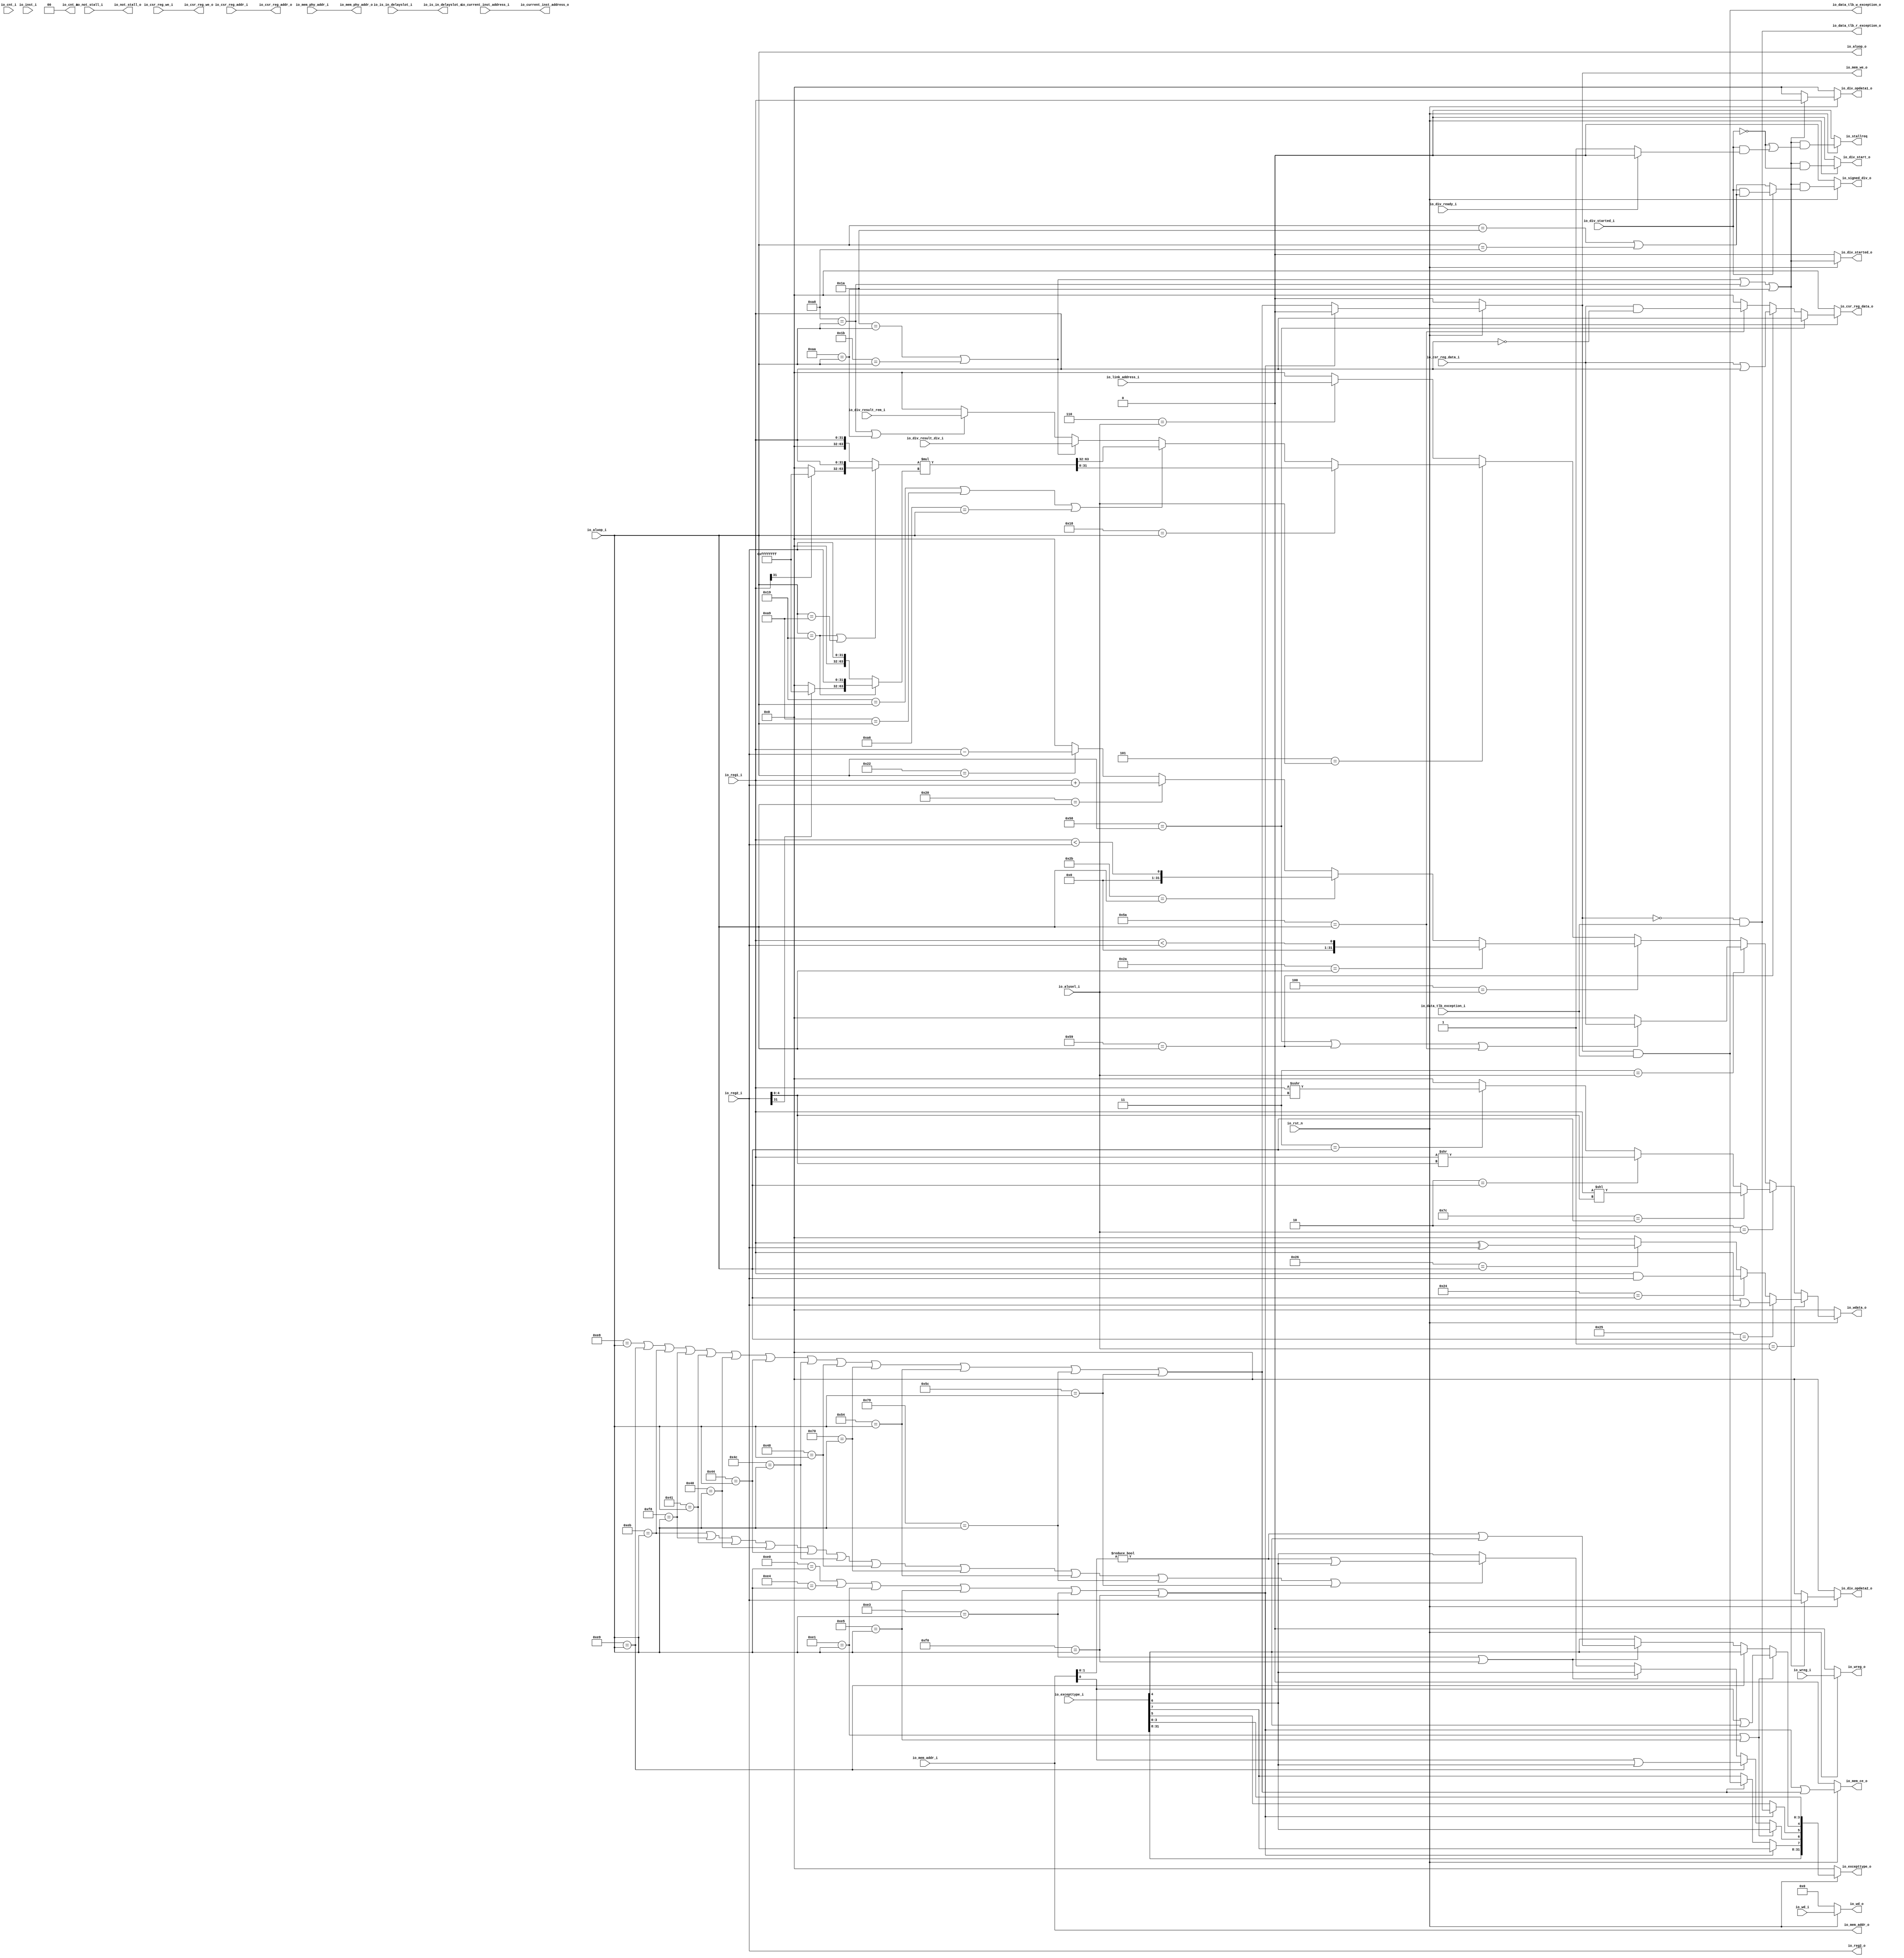
module IExecute(
  input         io_rst_n,
  input  [7:0]  io_aluop_i,
  input  [2:0]  io_alusel_i,
  input  [31:0] io_reg1_i,
  input  [31:0] io_reg2_i,
  input  [31:0] io_mem_addr_i,
  input  [4:0]  io_wd_i,
  input         io_wreg_i,
  input  [31:0] io_inst_i,
  input  [31:0] io_excepttype_i,
  input  [31:0] io_current_inst_address_i,
  input         io_not_stall_i,
  input  [1:0]  io_cnt_i,
  input         io_div_started_i,
  input  [31:0] io_div_result_rem_i,
  input  [31:0] io_div_result_div_i,
  input         io_div_ready_i,
  input  [31:0] io_link_address_i,
  input         io_is_in_delayslot_i,
  input         io_csr_reg_we_i,
  input  [11:0] io_csr_reg_addr_i,
  input  [31:0] io_csr_reg_data_i,
  input         io_data_tlb_exception_i,
  input  [33:0] io_mem_phy_addr_i,
  output        io_csr_reg_we_o,
  output [11:0] io_csr_reg_addr_o,
  output [31:0] io_csr_reg_data_o,
  output        io_wreg_o,
  output [4:0]  io_wd_o,
  output [31:0] io_wdata_o,
  output [1:0]  io_cnt_o,
  output        io_div_started_o,
  output [31:0] io_div_opdata1_o,
  output [31:0] io_div_opdata2_o,
  output        io_div_start_o,
  output        io_signed_div_o,
  output [7:0]  io_aluop_o,
  output [31:0] io_mem_addr_o,
  output [31:0] io_reg2_o,
  output        io_mem_we_o,
  output        io_mem_ce_o,
  output [31:0] io_excepttype_o,
  output        io_is_in_delayslot_o,
  output [31:0] io_current_inst_address_o,
  output        io_not_stall_o,
  output [33:0] io_mem_phy_addr_o,
  output        io_data_tlb_r_exception_o,
  output        io_data_tlb_w_exception_o,
  output        io_stallreq
);
  reg [31:0] logicout; // @[IExecute.scala 93:25]
  reg [31:0] _RAND_0;
  reg [31:0] shiftout; // @[IExecute.scala 94:25]
  reg [31:0] _RAND_1;
  reg [31:0] moveout; // @[IExecute.scala 95:25]
  reg [31:0] _RAND_2;
  reg [31:0] arithout; // @[IExecute.scala 97:25]
  reg [31:0] _RAND_3;
  reg [31:0] multiout; // @[IExecute.scala 98:25]
  reg [31:0] _RAND_4;
  wire  _T_1; // @[Conditional.scala 37:30]
  wire [31:0] _T_2; // @[IExecute.scala 107:31]
  wire  _T_3; // @[Conditional.scala 37:30]
  wire [31:0] _T_4; // @[IExecute.scala 110:31]
  wire  _T_5; // @[Conditional.scala 37:30]
  wire [31:0] _T_6; // @[IExecute.scala 113:31]
  wire  _T_8; // @[Conditional.scala 37:30]
  wire [62:0] _GEN_109; // @[IExecute.scala 125:31]
  wire [62:0] _T_10; // @[IExecute.scala 125:31]
  wire  _T_11; // @[Conditional.scala 37:30]
  wire [31:0] _T_13; // @[IExecute.scala 128:31]
  wire  _T_14; // @[Conditional.scala 37:30]
  wire [31:0] _T_18; // @[IExecute.scala 131:58]
  wire [31:0] _GEN_4; // @[Conditional.scala 39:67]
  wire [31:0] _GEN_5; // @[Conditional.scala 39:67]
  wire [62:0] _GEN_6; // @[Conditional.scala 40:58]
  wire [62:0] _GEN_7; // @[IExecute.scala 119:33]
  wire  _T_20; // @[Conditional.scala 37:30]
  wire  _T_23; // @[IExecute.scala 144:38]
  wire  _T_24; // @[Conditional.scala 37:30]
  wire  _T_25; // @[IExecute.scala 147:31]
  wire  _T_26; // @[Conditional.scala 37:30]
  wire [31:0] _T_28; // @[IExecute.scala 150:31]
  wire  _T_29; // @[Conditional.scala 37:30]
  wire [31:0] _T_31; // @[IExecute.scala 153:31]
  wire  _T_33; // @[Conditional.scala 37:30]
  wire  _T_34; // @[Conditional.scala 37:30]
  wire  _T_35; // @[Conditional.scala 37:30]
  wire  _T_36; // @[Conditional.scala 37:55]
  wire  _T_37; // @[Conditional.scala 37:55]
  reg [63:0] opdata1_mult; // @[IExecute.scala 173:25]
  reg [63:0] _RAND_5;
  reg [63:0] opdata2_mult; // @[IExecute.scala 174:25]
  reg [63:0] _RAND_6;
  reg [63:0] result_mul; // @[IExecute.scala 175:23]
  reg [63:0] _RAND_7;
  wire  _T_38; // @[IExecute.scala 177:34]
  wire  _T_39; // @[IExecute.scala 177:66]
  wire  _T_40; // @[IExecute.scala 177:52]
  wire [31:0] _T_43; // @[Bitwise.scala 71:12]
  wire [63:0] _T_44; // @[Cat.scala 29:58]
  wire [63:0] _T_45; // @[Cat.scala 29:58]
  wire [31:0] _T_50; // @[Bitwise.scala 71:12]
  wire [63:0] _T_51; // @[Cat.scala 29:58]
  wire [63:0] _T_52; // @[Cat.scala 29:58]
  wire [127:0] _T_54; // @[IExecute.scala 187:30]
  wire  _T_56; // @[Conditional.scala 37:30]
  wire  _T_58; // @[Conditional.scala 37:30]
  wire  _T_59; // @[Conditional.scala 37:30]
  wire  _T_60; // @[Conditional.scala 37:30]
  wire  _T_61; // @[Conditional.scala 37:55]
  wire  _T_62; // @[Conditional.scala 37:55]
  wire  _T_64; // @[Conditional.scala 37:30]
  wire  _T_65; // @[Conditional.scala 37:30]
  wire  _T_66; // @[Conditional.scala 37:55]
  wire  _T_67; // @[Conditional.scala 37:30]
  wire  _T_68; // @[Conditional.scala 37:30]
  wire  _T_69; // @[Conditional.scala 37:55]
  reg  stallreq_for_div; // @[IExecute.scala 213:29]
  reg [31:0] _RAND_8;
  wire  _T_76; // @[Conditional.scala 37:55]
  wire  _T_77; // @[Conditional.scala 37:55]
  wire  _T_79; // @[IExecute.scala 244:24]
  wire  _T_80; // @[IExecute.scala 244:55]
  wire  _T_81; // @[IExecute.scala 244:41]
  wire  _T_89; // @[IExecute.scala 256:34]
  wire [31:0] _GEN_20; // @[IExecute.scala 248:48]
  wire [31:0] _GEN_21; // @[IExecute.scala 248:48]
  wire  _GEN_23; // @[IExecute.scala 248:48]
  wire  _GEN_25; // @[IExecute.scala 248:48]
  wire [31:0] _GEN_26; // @[IExecute.scala 239:43]
  wire [31:0] _GEN_27; // @[IExecute.scala 239:43]
  wire  _GEN_29; // @[IExecute.scala 239:43]
  wire  _GEN_30; // @[IExecute.scala 239:43]
  wire  _GEN_31; // @[IExecute.scala 239:43]
  wire [31:0] _GEN_32; // @[Conditional.scala 40:58]
  wire [31:0] _GEN_33; // @[Conditional.scala 40:58]
  wire  _GEN_34; // @[Conditional.scala 40:58]
  wire  _GEN_35; // @[Conditional.scala 40:58]
  wire  _GEN_36; // @[Conditional.scala 40:58]
  wire  _GEN_37; // @[Conditional.scala 40:58]
  wire  _T_127; // @[Conditional.scala 37:30]
  wire  _T_128; // @[Conditional.scala 37:30]
  wire  _T_129; // @[Conditional.scala 37:30]
  wire  _T_130; // @[Conditional.scala 37:30]
  wire  _T_131; // @[Conditional.scala 37:30]
  wire  _T_132; // @[Conditional.scala 37:30]
  wire  _T_133; // @[Conditional.scala 37:55]
  wire  _T_134; // @[Conditional.scala 37:55]
  wire  _T_135; // @[Conditional.scala 37:55]
  wire  _T_136; // @[Conditional.scala 37:55]
  wire  _T_137; // @[Conditional.scala 37:55]
  wire  _T_138; // @[Conditional.scala 37:30]
  wire  _T_139; // @[Conditional.scala 37:30]
  wire  _T_140; // @[Conditional.scala 37:30]
  wire  _T_141; // @[Conditional.scala 37:30]
  wire  _T_142; // @[Conditional.scala 37:30]
  wire  _T_143; // @[Conditional.scala 37:30]
  wire  _T_144; // @[Conditional.scala 37:30]
  wire  _T_145; // @[Conditional.scala 37:30]
  wire  _T_146; // @[Conditional.scala 37:30]
  wire  _T_147; // @[Conditional.scala 37:30]
  wire  _T_148; // @[Conditional.scala 37:30]
  wire  _T_149; // @[Conditional.scala 37:30]
  wire  _T_150; // @[Conditional.scala 37:30]
  wire  _T_151; // @[Conditional.scala 37:55]
  wire  _T_152; // @[Conditional.scala 37:55]
  wire  _T_153; // @[Conditional.scala 37:55]
  wire  _T_154; // @[Conditional.scala 37:55]
  wire  _T_155; // @[Conditional.scala 37:55]
  wire  _T_156; // @[Conditional.scala 37:55]
  wire  _T_157; // @[Conditional.scala 37:55]
  wire  _T_158; // @[Conditional.scala 37:55]
  wire  _T_159; // @[Conditional.scala 37:55]
  wire  _T_160; // @[Conditional.scala 37:55]
  wire  _T_161; // @[Conditional.scala 37:55]
  wire  _T_162; // @[Conditional.scala 37:55]
  wire  _GEN_45; // @[Conditional.scala 39:67]
  wire  _GEN_46; // @[Conditional.scala 40:58]
  wire  _GEN_47; // @[Conditional.scala 40:58]
  wire  _GEN_48; // @[Conditional.scala 40:58]
  wire  _GEN_49; // @[Conditional.scala 40:58]
  wire  _T_165; // @[Conditional.scala 37:55]
  wire  _GEN_50; // @[IExecute.scala 309:44]
  wire  _GEN_51; // @[IExecute.scala 314:44]
  wire  _T_173; // @[Conditional.scala 37:55]
  wire  _T_175; // @[IExecute.scala 319:33]
  wire  _GEN_52; // @[IExecute.scala 319:46]
  wire  _T_187; // @[Conditional.scala 37:55]
  wire  _T_188; // @[Conditional.scala 37:55]
  wire  _T_189; // @[Conditional.scala 37:55]
  wire  _T_190; // @[Conditional.scala 37:55]
  wire  _T_191; // @[Conditional.scala 37:55]
  wire  _T_192; // @[Conditional.scala 37:55]
  wire  _T_193; // @[Conditional.scala 37:55]
  wire  _T_194; // @[Conditional.scala 37:55]
  wire  _T_195; // @[Conditional.scala 37:55]
  wire  _T_196; // @[Conditional.scala 37:55]
  wire  _GEN_53; // @[IExecute.scala 326:46]
  wire  _GEN_54; // @[Conditional.scala 39:67]
  wire  _GEN_55; // @[Conditional.scala 39:67]
  wire  _GEN_56; // @[Conditional.scala 39:67]
  wire  _GEN_57; // @[Conditional.scala 39:67]
  wire  _GEN_58; // @[Conditional.scala 39:67]
  wire  _GEN_59; // @[Conditional.scala 40:58]
  wire  _GEN_60; // @[Conditional.scala 40:58]
  wire  excepttype_b_1; // @[IExecute.scala 284:33]
  wire  excepttype_b_0; // @[IExecute.scala 284:33]
  wire  excepttype_b_3; // @[IExecute.scala 284:33]
  wire  excepttype_b_2; // @[IExecute.scala 284:33]
  wire  excepttype_b_5; // @[IExecute.scala 284:33]
  wire  excepttype_b_4; // @[IExecute.scala 284:33]
  wire  excepttype_b_7; // @[IExecute.scala 284:33]
  wire  excepttype_b_6; // @[IExecute.scala 284:33]
  wire [7:0] _T_205; // @[IExecute.scala 331:37]
  wire  excepttype_b_9; // @[IExecute.scala 284:33]
  wire  excepttype_b_8; // @[IExecute.scala 284:33]
  wire  excepttype_b_11; // @[IExecute.scala 284:33]
  wire  excepttype_b_10; // @[IExecute.scala 284:33]
  wire  excepttype_b_13; // @[IExecute.scala 284:33]
  wire  excepttype_b_12; // @[IExecute.scala 284:33]
  wire  excepttype_b_15; // @[IExecute.scala 284:33]
  wire  excepttype_b_14; // @[IExecute.scala 284:33]
  wire [15:0] _T_213; // @[IExecute.scala 331:37]
  wire  excepttype_b_17; // @[IExecute.scala 284:33]
  wire  excepttype_b_16; // @[IExecute.scala 284:33]
  wire  excepttype_b_19; // @[IExecute.scala 284:33]
  wire  excepttype_b_18; // @[IExecute.scala 284:33]
  wire  excepttype_b_21; // @[IExecute.scala 284:33]
  wire  excepttype_b_20; // @[IExecute.scala 284:33]
  wire  excepttype_b_23; // @[IExecute.scala 284:33]
  wire  excepttype_b_22; // @[IExecute.scala 284:33]
  wire [7:0] _T_220; // @[IExecute.scala 331:37]
  wire  excepttype_b_25; // @[IExecute.scala 284:33]
  wire  excepttype_b_24; // @[IExecute.scala 284:33]
  wire  excepttype_b_27; // @[IExecute.scala 284:33]
  wire  excepttype_b_26; // @[IExecute.scala 284:33]
  wire  excepttype_b_29; // @[IExecute.scala 284:33]
  wire  excepttype_b_28; // @[IExecute.scala 284:33]
  wire  excepttype_b_31; // @[IExecute.scala 284:33]
  wire  excepttype_b_30; // @[IExecute.scala 284:33]
  wire [31:0] _T_229; // @[IExecute.scala 331:37]
  wire  _T_231; // @[Conditional.scala 37:30]
  wire  _T_232; // @[Conditional.scala 37:30]
  wire  _T_233; // @[Conditional.scala 37:30]
  wire  _T_234; // @[Conditional.scala 37:30]
  wire  _T_235; // @[Conditional.scala 37:30]
  wire  _T_236; // @[Conditional.scala 37:30]
  wire [31:0] _GEN_96; // @[Conditional.scala 39:67]
  wire [31:0] _GEN_97; // @[Conditional.scala 39:67]
  wire [31:0] _GEN_98; // @[Conditional.scala 39:67]
  wire [31:0] _GEN_99; // @[Conditional.scala 39:67]
  wire [31:0] _GEN_100; // @[Conditional.scala 39:67]
  wire [31:0] _GEN_101; // @[Conditional.scala 40:58]
  wire [31:0] _T_240; // @[IExecute.scala 369:66]
  wire [31:0] _T_243; // @[IExecute.scala 370:66]
  wire [31:0] _GEN_105; // @[Conditional.scala 39:67]
  wire [31:0] _GEN_106; // @[Conditional.scala 39:67]
  wire [31:0] _GEN_107; // @[Conditional.scala 40:58]
  assign _T_1 = 8'h25 == io_aluop_i; // @[Conditional.scala 37:30]
  assign _T_2 = io_reg1_i | io_reg2_i; // @[IExecute.scala 107:31]
  assign _T_3 = 8'h24 == io_aluop_i; // @[Conditional.scala 37:30]
  assign _T_4 = io_reg1_i & io_reg2_i; // @[IExecute.scala 110:31]
  assign _T_5 = 8'h26 == io_aluop_i; // @[Conditional.scala 37:30]
  assign _T_6 = io_reg1_i ^ io_reg2_i; // @[IExecute.scala 113:31]
  assign _T_8 = 8'h7c == io_aluop_i; // @[Conditional.scala 37:30]
  assign _GEN_109 = {{31'd0}, io_reg1_i}; // @[IExecute.scala 125:31]
  assign _T_10 = _GEN_109 << io_reg2_i[4:0]; // @[IExecute.scala 125:31]
  assign _T_11 = 8'h2 == io_aluop_i; // @[Conditional.scala 37:30]
  assign _T_13 = io_reg1_i >> io_reg2_i[4:0]; // @[IExecute.scala 128:31]
  assign _T_14 = 8'h3 == io_aluop_i; // @[Conditional.scala 37:30]
  assign _T_18 = $signed(io_reg1_i) >>> io_reg2_i[4:0]; // @[IExecute.scala 131:58]
  assign _GEN_4 = _T_14 ? _T_18 : 32'h0; // @[Conditional.scala 39:67]
  assign _GEN_5 = _T_11 ? _T_13 : _GEN_4; // @[Conditional.scala 39:67]
  assign _GEN_6 = _T_8 ? _T_10 : {{31'd0}, _GEN_5}; // @[Conditional.scala 40:58]
  assign _GEN_7 = io_rst_n ? _GEN_6 : 63'h0; // @[IExecute.scala 119:33]
  assign _T_20 = 8'h2a == io_aluop_i; // @[Conditional.scala 37:30]
  assign _T_23 = $signed(io_reg1_i) < $signed(io_reg2_i); // @[IExecute.scala 144:38]
  assign _T_24 = 8'h2b == io_aluop_i; // @[Conditional.scala 37:30]
  assign _T_25 = io_reg1_i < io_reg2_i; // @[IExecute.scala 147:31]
  assign _T_26 = 8'h20 == io_aluop_i; // @[Conditional.scala 37:30]
  assign _T_28 = io_reg1_i + io_reg2_i; // @[IExecute.scala 150:31]
  assign _T_29 = 8'h22 == io_aluop_i; // @[Conditional.scala 37:30]
  assign _T_31 = io_reg1_i - io_reg2_i; // @[IExecute.scala 153:31]
  assign _T_33 = 8'h58 == io_aluop_i; // @[Conditional.scala 37:30]
  assign _T_34 = 8'h59 == io_aluop_i; // @[Conditional.scala 37:30]
  assign _T_35 = 8'h5a == io_aluop_i; // @[Conditional.scala 37:30]
  assign _T_36 = _T_33 | _T_34; // @[Conditional.scala 37:55]
  assign _T_37 = _T_36 | _T_35; // @[Conditional.scala 37:55]
  assign _T_38 = io_aluop_i == 8'h19; // @[IExecute.scala 177:34]
  assign _T_39 = io_aluop_i == 8'ha9; // @[IExecute.scala 177:66]
  assign _T_40 = _T_38 | _T_39; // @[IExecute.scala 177:52]
  assign _T_43 = io_reg1_i[31] ? 32'hffffffff : 32'h0; // @[Bitwise.scala 71:12]
  assign _T_44 = {_T_43,io_reg1_i}; // @[Cat.scala 29:58]
  assign _T_45 = {32'h0,io_reg1_i}; // @[Cat.scala 29:58]
  assign _T_50 = io_reg2_i[31] ? 32'hffffffff : 32'h0; // @[Bitwise.scala 71:12]
  assign _T_51 = {_T_50,io_reg2_i}; // @[Cat.scala 29:58]
  assign _T_52 = {32'h0,io_reg2_i}; // @[Cat.scala 29:58]
  assign _T_54 = opdata1_mult * opdata2_mult; // @[IExecute.scala 187:30]
  assign _T_56 = 8'h18 == io_aluop_i; // @[Conditional.scala 37:30]
  assign _T_58 = 8'h19 == io_aluop_i; // @[Conditional.scala 37:30]
  assign _T_59 = 8'ha9 == io_aluop_i; // @[Conditional.scala 37:30]
  assign _T_60 = 8'ha6 == io_aluop_i; // @[Conditional.scala 37:30]
  assign _T_61 = _T_58 | _T_59; // @[Conditional.scala 37:55]
  assign _T_62 = _T_61 | _T_60; // @[Conditional.scala 37:55]
  assign _T_64 = 8'h1a == io_aluop_i; // @[Conditional.scala 37:30]
  assign _T_65 = 8'h1b == io_aluop_i; // @[Conditional.scala 37:30]
  assign _T_66 = _T_64 | _T_65; // @[Conditional.scala 37:55]
  assign _T_67 = 8'ha8 == io_aluop_i; // @[Conditional.scala 37:30]
  assign _T_68 = 8'haa == io_aluop_i; // @[Conditional.scala 37:30]
  assign _T_69 = _T_67 | _T_68; // @[Conditional.scala 37:55]
  assign _T_76 = _T_66 | _T_67; // @[Conditional.scala 37:55]
  assign _T_77 = _T_76 | _T_68; // @[Conditional.scala 37:55]
  assign _T_79 = io_aluop_i == 8'h1a; // @[IExecute.scala 244:24]
  assign _T_80 = io_aluop_i == 8'ha8; // @[IExecute.scala 244:55]
  assign _T_81 = _T_79 | _T_80; // @[IExecute.scala 244:41]
  assign _T_89 = io_div_ready_i ? 1'h0 : 1'h1; // @[IExecute.scala 256:34]
  assign _GEN_20 = io_div_started_i ? io_reg1_i : 32'h0; // @[IExecute.scala 248:48]
  assign _GEN_21 = io_div_started_i ? io_reg2_i : 32'h0; // @[IExecute.scala 248:48]
  assign _GEN_23 = io_div_started_i & _T_81; // @[IExecute.scala 248:48]
  assign _GEN_25 = io_div_started_i & _T_89; // @[IExecute.scala 248:48]
  assign _GEN_26 = io_div_started_i ? _GEN_20 : io_reg1_i; // @[IExecute.scala 239:43]
  assign _GEN_27 = io_div_started_i ? _GEN_21 : io_reg2_i; // @[IExecute.scala 239:43]
  assign _GEN_29 = io_div_started_i ? _GEN_23 : _T_81; // @[IExecute.scala 239:43]
  assign _GEN_30 = ~io_div_started_i | io_div_started_i; // @[IExecute.scala 239:43]
  assign _GEN_31 = ~io_div_started_i | _GEN_25; // @[IExecute.scala 239:43]
  assign _GEN_32 = _T_77 ? _GEN_26 : 32'h0; // @[Conditional.scala 40:58]
  assign _GEN_33 = _T_77 ? _GEN_27 : 32'h0; // @[Conditional.scala 40:58]
  assign _GEN_34 = _T_77 & ~io_div_started_i; // @[Conditional.scala 40:58]
  assign _GEN_35 = _T_77 & _GEN_29; // @[Conditional.scala 40:58]
  assign _GEN_36 = _T_77 & _GEN_30; // @[Conditional.scala 40:58]
  assign _GEN_37 = _T_77 & _GEN_31; // @[Conditional.scala 40:58]
  assign _T_127 = 8'he0 == io_aluop_i; // @[Conditional.scala 37:30]
  assign _T_128 = 8'he4 == io_aluop_i; // @[Conditional.scala 37:30]
  assign _T_129 = 8'he1 == io_aluop_i; // @[Conditional.scala 37:30]
  assign _T_130 = 8'he5 == io_aluop_i; // @[Conditional.scala 37:30]
  assign _T_131 = 8'he3 == io_aluop_i; // @[Conditional.scala 37:30]
  assign _T_132 = 8'hf0 == io_aluop_i; // @[Conditional.scala 37:30]
  assign _T_133 = _T_127 | _T_128; // @[Conditional.scala 37:55]
  assign _T_134 = _T_133 | _T_129; // @[Conditional.scala 37:55]
  assign _T_135 = _T_134 | _T_130; // @[Conditional.scala 37:55]
  assign _T_136 = _T_135 | _T_131; // @[Conditional.scala 37:55]
  assign _T_137 = _T_136 | _T_132; // @[Conditional.scala 37:55]
  assign _T_138 = 8'he8 == io_aluop_i; // @[Conditional.scala 37:30]
  assign _T_139 = 8'he9 == io_aluop_i; // @[Conditional.scala 37:30]
  assign _T_140 = 8'heb == io_aluop_i; // @[Conditional.scala 37:30]
  assign _T_141 = 8'hf8 == io_aluop_i; // @[Conditional.scala 37:30]
  assign _T_142 = 8'h41 == io_aluop_i; // @[Conditional.scala 37:30]
  assign _T_143 = 8'h40 == io_aluop_i; // @[Conditional.scala 37:30]
  assign _T_144 = 8'h44 == io_aluop_i; // @[Conditional.scala 37:30]
  assign _T_145 = 8'h4c == io_aluop_i; // @[Conditional.scala 37:30]
  assign _T_146 = 8'h48 == io_aluop_i; // @[Conditional.scala 37:30]
  assign _T_147 = 8'h70 == io_aluop_i; // @[Conditional.scala 37:30]
  assign _T_148 = 8'h54 == io_aluop_i; // @[Conditional.scala 37:30]
  assign _T_149 = 8'h79 == io_aluop_i; // @[Conditional.scala 37:30]
  assign _T_150 = 8'h5c == io_aluop_i; // @[Conditional.scala 37:30]
  assign _T_151 = _T_138 | _T_139; // @[Conditional.scala 37:55]
  assign _T_152 = _T_151 | _T_140; // @[Conditional.scala 37:55]
  assign _T_153 = _T_152 | _T_141; // @[Conditional.scala 37:55]
  assign _T_154 = _T_153 | _T_142; // @[Conditional.scala 37:55]
  assign _T_155 = _T_154 | _T_143; // @[Conditional.scala 37:55]
  assign _T_156 = _T_155 | _T_144; // @[Conditional.scala 37:55]
  assign _T_157 = _T_156 | _T_145; // @[Conditional.scala 37:55]
  assign _T_158 = _T_157 | _T_146; // @[Conditional.scala 37:55]
  assign _T_159 = _T_158 | _T_147; // @[Conditional.scala 37:55]
  assign _T_160 = _T_159 | _T_148; // @[Conditional.scala 37:55]
  assign _T_161 = _T_160 | _T_149; // @[Conditional.scala 37:55]
  assign _T_162 = _T_161 | _T_150; // @[Conditional.scala 37:55]
  assign _GEN_45 = _T_162 ? io_data_tlb_w_exception_o : io_excepttype_i[7]; // @[Conditional.scala 39:67]
  assign _GEN_46 = _T_137 ? 1'h0 : _T_162; // @[Conditional.scala 40:58]
  assign _GEN_47 = _T_137 | _T_162; // @[Conditional.scala 40:58]
  assign _GEN_48 = _T_137 ? io_data_tlb_r_exception_o : io_excepttype_i[5]; // @[Conditional.scala 40:58]
  assign _GEN_49 = _T_137 ? io_excepttype_i[7] : _GEN_45; // @[Conditional.scala 40:58]
  assign _T_165 = _T_129 | _T_130; // @[Conditional.scala 37:55]
  assign _GEN_50 = io_mem_addr_o[0] | io_excepttype_i[4]; // @[IExecute.scala 309:44]
  assign _GEN_51 = io_mem_addr_o[0] | io_excepttype_i[6]; // @[IExecute.scala 314:44]
  assign _T_173 = _T_131 | _T_132; // @[Conditional.scala 37:55]
  assign _T_175 = io_mem_addr_o[1:0] != 2'h0; // @[IExecute.scala 319:33]
  assign _GEN_52 = _T_175 | io_excepttype_i[4]; // @[IExecute.scala 319:46]
  assign _T_187 = _T_140 | _T_141; // @[Conditional.scala 37:55]
  assign _T_188 = _T_187 | _T_142; // @[Conditional.scala 37:55]
  assign _T_189 = _T_188 | _T_143; // @[Conditional.scala 37:55]
  assign _T_190 = _T_189 | _T_144; // @[Conditional.scala 37:55]
  assign _T_191 = _T_190 | _T_145; // @[Conditional.scala 37:55]
  assign _T_192 = _T_191 | _T_146; // @[Conditional.scala 37:55]
  assign _T_193 = _T_192 | _T_147; // @[Conditional.scala 37:55]
  assign _T_194 = _T_193 | _T_148; // @[Conditional.scala 37:55]
  assign _T_195 = _T_194 | _T_149; // @[Conditional.scala 37:55]
  assign _T_196 = _T_195 | _T_150; // @[Conditional.scala 37:55]
  assign _GEN_53 = _T_175 | io_excepttype_i[6]; // @[IExecute.scala 326:46]
  assign _GEN_54 = _T_196 ? _GEN_53 : io_excepttype_i[6]; // @[Conditional.scala 39:67]
  assign _GEN_55 = _T_173 ? _GEN_52 : io_excepttype_i[4]; // @[Conditional.scala 39:67]
  assign _GEN_56 = _T_173 ? io_excepttype_i[6] : _GEN_54; // @[Conditional.scala 39:67]
  assign _GEN_57 = _T_139 ? _GEN_51 : _GEN_56; // @[Conditional.scala 39:67]
  assign _GEN_58 = _T_139 ? io_excepttype_i[4] : _GEN_55; // @[Conditional.scala 39:67]
  assign _GEN_59 = _T_165 ? _GEN_50 : _GEN_58; // @[Conditional.scala 40:58]
  assign _GEN_60 = _T_165 ? io_excepttype_i[6] : _GEN_57; // @[Conditional.scala 40:58]
  assign excepttype_b_1 = io_rst_n ? io_excepttype_i[1] : 1'h0; // @[IExecute.scala 284:33]
  assign excepttype_b_0 = io_rst_n ? io_excepttype_i[0] : 1'h0; // @[IExecute.scala 284:33]
  assign excepttype_b_3 = io_rst_n ? io_excepttype_i[3] : 1'h0; // @[IExecute.scala 284:33]
  assign excepttype_b_2 = io_rst_n ? io_excepttype_i[2] : 1'h0; // @[IExecute.scala 284:33]
  assign excepttype_b_5 = io_rst_n ? _GEN_48 : 1'h0; // @[IExecute.scala 284:33]
  assign excepttype_b_4 = io_rst_n ? _GEN_59 : 1'h0; // @[IExecute.scala 284:33]
  assign excepttype_b_7 = io_rst_n ? _GEN_49 : 1'h0; // @[IExecute.scala 284:33]
  assign excepttype_b_6 = io_rst_n ? _GEN_60 : 1'h0; // @[IExecute.scala 284:33]
  assign _T_205 = {excepttype_b_7,excepttype_b_6,excepttype_b_5,excepttype_b_4,excepttype_b_3,excepttype_b_2,excepttype_b_1,excepttype_b_0}; // @[IExecute.scala 331:37]
  assign excepttype_b_9 = io_rst_n ? io_excepttype_i[9] : 1'h0; // @[IExecute.scala 284:33]
  assign excepttype_b_8 = io_rst_n ? io_excepttype_i[8] : 1'h0; // @[IExecute.scala 284:33]
  assign excepttype_b_11 = io_rst_n ? io_excepttype_i[11] : 1'h0; // @[IExecute.scala 284:33]
  assign excepttype_b_10 = io_rst_n ? io_excepttype_i[10] : 1'h0; // @[IExecute.scala 284:33]
  assign excepttype_b_13 = io_rst_n ? io_excepttype_i[13] : 1'h0; // @[IExecute.scala 284:33]
  assign excepttype_b_12 = io_rst_n ? io_excepttype_i[12] : 1'h0; // @[IExecute.scala 284:33]
  assign excepttype_b_15 = io_rst_n ? io_excepttype_i[15] : 1'h0; // @[IExecute.scala 284:33]
  assign excepttype_b_14 = io_rst_n ? io_excepttype_i[14] : 1'h0; // @[IExecute.scala 284:33]
  assign _T_213 = {excepttype_b_15,excepttype_b_14,excepttype_b_13,excepttype_b_12,excepttype_b_11,excepttype_b_10,excepttype_b_9,excepttype_b_8,_T_205}; // @[IExecute.scala 331:37]
  assign excepttype_b_17 = io_rst_n ? io_excepttype_i[17] : 1'h0; // @[IExecute.scala 284:33]
  assign excepttype_b_16 = io_rst_n ? io_excepttype_i[16] : 1'h0; // @[IExecute.scala 284:33]
  assign excepttype_b_19 = io_rst_n ? io_excepttype_i[19] : 1'h0; // @[IExecute.scala 284:33]
  assign excepttype_b_18 = io_rst_n ? io_excepttype_i[18] : 1'h0; // @[IExecute.scala 284:33]
  assign excepttype_b_21 = io_rst_n ? io_excepttype_i[21] : 1'h0; // @[IExecute.scala 284:33]
  assign excepttype_b_20 = io_rst_n ? io_excepttype_i[20] : 1'h0; // @[IExecute.scala 284:33]
  assign excepttype_b_23 = io_rst_n ? io_excepttype_i[23] : 1'h0; // @[IExecute.scala 284:33]
  assign excepttype_b_22 = io_rst_n ? io_excepttype_i[22] : 1'h0; // @[IExecute.scala 284:33]
  assign _T_220 = {excepttype_b_23,excepttype_b_22,excepttype_b_21,excepttype_b_20,excepttype_b_19,excepttype_b_18,excepttype_b_17,excepttype_b_16}; // @[IExecute.scala 331:37]
  assign excepttype_b_25 = io_rst_n ? io_excepttype_i[25] : 1'h0; // @[IExecute.scala 284:33]
  assign excepttype_b_24 = io_rst_n ? io_excepttype_i[24] : 1'h0; // @[IExecute.scala 284:33]
  assign excepttype_b_27 = io_rst_n ? io_excepttype_i[27] : 1'h0; // @[IExecute.scala 284:33]
  assign excepttype_b_26 = io_rst_n ? io_excepttype_i[26] : 1'h0; // @[IExecute.scala 284:33]
  assign excepttype_b_29 = io_rst_n ? io_excepttype_i[29] : 1'h0; // @[IExecute.scala 284:33]
  assign excepttype_b_28 = io_rst_n ? io_excepttype_i[28] : 1'h0; // @[IExecute.scala 284:33]
  assign excepttype_b_31 = io_rst_n ? io_excepttype_i[31] : 1'h0; // @[IExecute.scala 284:33]
  assign excepttype_b_30 = io_rst_n ? io_excepttype_i[30] : 1'h0; // @[IExecute.scala 284:33]
  assign _T_229 = {excepttype_b_31,excepttype_b_30,excepttype_b_29,excepttype_b_28,excepttype_b_27,excepttype_b_26,excepttype_b_25,excepttype_b_24,_T_220,_T_213}; // @[IExecute.scala 331:37]
  assign _T_231 = 3'h1 == io_alusel_i; // @[Conditional.scala 37:30]
  assign _T_232 = 3'h2 == io_alusel_i; // @[Conditional.scala 37:30]
  assign _T_233 = 3'h3 == io_alusel_i; // @[Conditional.scala 37:30]
  assign _T_234 = 3'h4 == io_alusel_i; // @[Conditional.scala 37:30]
  assign _T_235 = 3'h5 == io_alusel_i; // @[Conditional.scala 37:30]
  assign _T_236 = 3'h6 == io_alusel_i; // @[Conditional.scala 37:30]
  assign _GEN_96 = _T_236 ? io_link_address_i : 32'h0; // @[Conditional.scala 39:67]
  assign _GEN_97 = _T_235 ? multiout : _GEN_96; // @[Conditional.scala 39:67]
  assign _GEN_98 = _T_234 ? arithout : _GEN_97; // @[Conditional.scala 39:67]
  assign _GEN_99 = _T_233 ? moveout : _GEN_98; // @[Conditional.scala 39:67]
  assign _GEN_100 = _T_232 ? shiftout : _GEN_99; // @[Conditional.scala 39:67]
  assign _GEN_101 = _T_231 ? logicout : _GEN_100; // @[Conditional.scala 40:58]
  assign _T_240 = io_csr_reg_data_i | io_reg1_i; // @[IExecute.scala 369:66]
  assign _T_243 = io_csr_reg_data_i & ~io_reg1_i; // @[IExecute.scala 370:66]
  assign _GEN_105 = _T_35 ? _T_243 : 32'h0; // @[Conditional.scala 39:67]
  assign _GEN_106 = _T_34 ? _T_240 : _GEN_105; // @[Conditional.scala 39:67]
  assign _GEN_107 = _T_33 ? io_reg1_i : _GEN_106; // @[Conditional.scala 40:58]
  assign io_csr_reg_we_o = io_csr_reg_we_i; // @[IExecute.scala 361:19]
  assign io_csr_reg_addr_o = io_csr_reg_addr_i; // @[IExecute.scala 360:21]
  assign io_csr_reg_data_o = io_rst_n ? _GEN_107 : 32'h0; // @[IExecute.scala 362:21 IExecute.scala 364:23 IExecute.scala 366:23 IExecute.scala 368:45 IExecute.scala 369:45 IExecute.scala 370:45]
  assign io_wreg_o = io_rst_n ? io_wreg_i : 1'h0; // @[IExecute.scala 338:13 IExecute.scala 342:15 IExecute.scala 347:15]
  assign io_wd_o = io_rst_n ? io_wd_i : 5'h0; // @[IExecute.scala 339:11 IExecute.scala 343:13 IExecute.scala 346:13]
  assign io_wdata_o = io_rst_n ? _GEN_101 : 32'h0; // @[IExecute.scala 340:14 IExecute.scala 344:16 IExecute.scala 348:16 IExecute.scala 350:45 IExecute.scala 351:45 IExecute.scala 352:45 IExecute.scala 353:45 IExecute.scala 354:45 IExecute.scala 355:45]
  assign io_cnt_o = 2'h0; // @[IExecute.scala 92:12]
  assign io_div_started_o = io_rst_n ? _GEN_36 : 1'h0; // @[IExecute.scala 220:20 IExecute.scala 228:22 IExecute.scala 246:28 IExecute.scala 255:28]
  assign io_div_opdata1_o = io_rst_n ? _GEN_32 : 32'h0; // @[IExecute.scala 215:20 IExecute.scala 223:22 IExecute.scala 231:22 IExecute.scala 240:28 IExecute.scala 249:28]
  assign io_div_opdata2_o = io_rst_n ? _GEN_33 : 32'h0; // @[IExecute.scala 216:20 IExecute.scala 224:22 IExecute.scala 232:22 IExecute.scala 241:28 IExecute.scala 250:28]
  assign io_div_start_o = io_rst_n ? _GEN_34 : 1'h0; // @[IExecute.scala 217:18 IExecute.scala 219:18 IExecute.scala 225:20 IExecute.scala 227:20 IExecute.scala 233:20 IExecute.scala 235:20 IExecute.scala 242:26 IExecute.scala 251:26]
  assign io_signed_div_o = io_rst_n ? _GEN_35 : 1'h0; // @[IExecute.scala 218:19 IExecute.scala 226:21 IExecute.scala 234:21 IExecute.scala 243:27 IExecute.scala 252:27]
  assign io_aluop_o = io_aluop_i; // @[IExecute.scala 266:14]
  assign io_mem_addr_o = io_mem_addr_i; // @[IExecute.scala 267:17]
  assign io_reg2_o = io_reg2_i; // @[IExecute.scala 268:13]
  assign io_mem_we_o = io_rst_n ? _GEN_46 : 1'h0; // @[IExecute.scala 281:15 IExecute.scala 285:17 IExecute.scala 293:21 IExecute.scala 300:21]
  assign io_mem_ce_o = io_rst_n ? _GEN_47 : 1'h0; // @[IExecute.scala 282:15 IExecute.scala 286:17 IExecute.scala 294:21 IExecute.scala 301:21]
  assign io_excepttype_o = io_rst_n ? _T_229 : 32'h0; // @[IExecute.scala 283:19 IExecute.scala 287:21 IExecute.scala 331:21]
  assign io_is_in_delayslot_o = io_is_in_delayslot_i; // @[IExecute.scala 89:24]
  assign io_current_inst_address_o = io_current_inst_address_i; // @[IExecute.scala 90:29]
  assign io_not_stall_o = io_not_stall_i; // @[IExecute.scala 91:18]
  assign io_mem_phy_addr_o = io_mem_phy_addr_i; // @[IExecute.scala 269:21]
  assign io_data_tlb_r_exception_o = ~io_mem_we_o & io_data_tlb_exception_i; // @[IExecute.scala 270:29]
  assign io_data_tlb_w_exception_o = io_mem_we_o & io_data_tlb_exception_i; // @[IExecute.scala 274:29]
  assign io_stallreq = stallreq_for_div; // @[IExecute.scala 335:15]
`ifdef RANDOMIZE_GARBAGE_ASSIGN
`define RANDOMIZE
`endif
`ifdef RANDOMIZE_INVALID_ASSIGN
`define RANDOMIZE
`endif
`ifdef RANDOMIZE_REG_INIT
`define RANDOMIZE
`endif
`ifdef RANDOMIZE_MEM_INIT
`define RANDOMIZE
`endif
`ifndef RANDOM
`define RANDOM $random
`endif
`ifdef RANDOMIZE_MEM_INIT
  integer initvar;
`endif
`ifndef SYNTHESIS
initial begin
  `ifdef RANDOMIZE
    `ifdef INIT_RANDOM
      `INIT_RANDOM
    `endif
    `ifndef VERILATOR
      `ifdef RANDOMIZE_DELAY
        #`RANDOMIZE_DELAY begin end
      `else
        #0.002 begin end
      `endif
    `endif
  `ifdef RANDOMIZE_REG_INIT
  _RAND_0 = {1{`RANDOM}};
  logicout = _RAND_0[31:0];
  `endif // RANDOMIZE_REG_INIT
  `ifdef RANDOMIZE_REG_INIT
  _RAND_1 = {1{`RANDOM}};
  shiftout = _RAND_1[31:0];
  `endif // RANDOMIZE_REG_INIT
  `ifdef RANDOMIZE_REG_INIT
  _RAND_2 = {1{`RANDOM}};
  moveout = _RAND_2[31:0];
  `endif // RANDOMIZE_REG_INIT
  `ifdef RANDOMIZE_REG_INIT
  _RAND_3 = {1{`RANDOM}};
  arithout = _RAND_3[31:0];
  `endif // RANDOMIZE_REG_INIT
  `ifdef RANDOMIZE_REG_INIT
  _RAND_4 = {1{`RANDOM}};
  multiout = _RAND_4[31:0];
  `endif // RANDOMIZE_REG_INIT
  `ifdef RANDOMIZE_REG_INIT
  _RAND_5 = {2{`RANDOM}};
  opdata1_mult = _RAND_5[63:0];
  `endif // RANDOMIZE_REG_INIT
  `ifdef RANDOMIZE_REG_INIT
  _RAND_6 = {2{`RANDOM}};
  opdata2_mult = _RAND_6[63:0];
  `endif // RANDOMIZE_REG_INIT
  `ifdef RANDOMIZE_REG_INIT
  _RAND_7 = {2{`RANDOM}};
  result_mul = _RAND_7[63:0];
  `endif // RANDOMIZE_REG_INIT
  `ifdef RANDOMIZE_REG_INIT
  _RAND_8 = {1{`RANDOM}};
  stallreq_for_div = _RAND_8[0:0];
  `endif // RANDOMIZE_REG_INIT
  `endif // RANDOMIZE
end // initial
`endif // SYNTHESIS
  always @(*) begin
    if (~io_rst_n) begin
      logicout <= 32'h0;
    end else if (~io_rst_n) begin
      logicout <= 32'h0;
    end else if (_T_1) begin
      logicout <= _T_2;
    end else if (_T_3) begin
      logicout <= _T_4;
    end else if (_T_5) begin
      logicout <= _T_6;
    end else begin
      logicout <= 32'h0;
    end
    if (~io_rst_n) begin
      shiftout <= 32'h0;
    end else begin
      shiftout <= _GEN_7[31:0];
    end
    if (~io_rst_n) begin
      moveout <= 32'h0;
    end else if (~io_rst_n) begin
      moveout <= 32'h0;
    end else if (_T_37) begin
      moveout <= io_csr_reg_data_i;
    end else begin
      moveout <= 32'h0;
    end
    if (~io_rst_n) begin
      arithout <= 32'h0;
    end else if (~io_rst_n) begin
      arithout <= 32'h0;
    end else if (_T_20) begin
      arithout <= {{31'd0}, _T_23};
    end else if (_T_24) begin
      arithout <= {{31'd0}, _T_25};
    end else if (_T_26) begin
      arithout <= _T_28;
    end else if (_T_29) begin
      arithout <= _T_31;
    end else begin
      arithout <= 32'h0;
    end
    if (~io_rst_n) begin
      multiout <= 32'h0;
    end else if (~io_rst_n) begin
      multiout <= 32'h0;
    end else if (_T_56) begin
      multiout <= result_mul[31:0];
    end else if (_T_62) begin
      multiout <= result_mul[63:32];
    end else if (_T_66) begin
      multiout <= io_div_result_div_i;
    end else if (_T_69) begin
      multiout <= io_div_result_rem_i;
    end else begin
      multiout <= 32'h0;
    end
    if (_T_40) begin
      opdata1_mult <= _T_44;
    end else begin
      opdata1_mult <= _T_45;
    end
    if (_T_38) begin
      opdata2_mult <= _T_51;
    end else begin
      opdata2_mult <= _T_52;
    end
    result_mul <= _T_54[63:0];
    if (~io_rst_n) begin
      stallreq_for_div <= 1'h0;
    end else begin
      stallreq_for_div <= _GEN_37;
    end
  end
endmodule